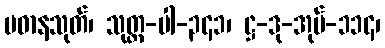
ပဓာနသုတ်၊ သုတ္တ-ပါ-၃၄၁၊ ဋ္ဌ-ဒု-အုပ်-၁၁၄၊